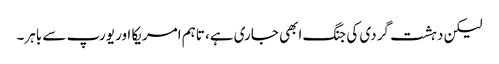
لیکن دہشت گردی کی جنگ ابھی جاری ہے، تاہم امریکا اور یورپ سے باہر۔